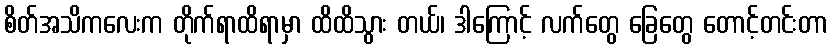
စိတ်အသိကလေးက တိုက်ရာထိရာမှာ ထိထိသွား တယ်၊ ဒါကြောင့် လက်တွေ ခြေတွေ တောင့်တင်းတာ